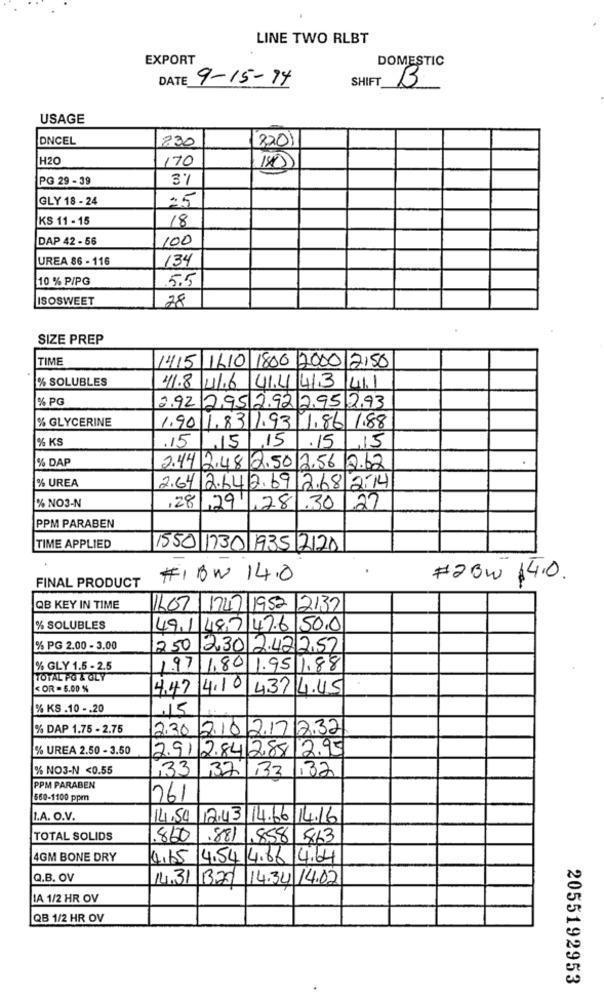
LINE TWO RLBT
EXPORT
DOMESTIC
DATE
9-15-94
SHIFT
B
USAGE
DNCEL
830
2201
H20
170
140)
PG 29 - 39
3%
GLY 18 - 24
25
KS 11 - 15
18
DAP 42 - 56
100
UREA 86 - 116
134
10 % PIPG
5.5
ISOSWEET
28
SIZE PREP
TIME
1415 1610 1800 2000 2150
% SOLUBLES
1.8 41.6 41.4 413 41
% PG
2.92 2,95 2.92 2.95 2.93
% GLYCERINE
1.90 1.83 1.93 1.86 1.88
% KS
15/15/15
.15 15
% DAP
.
2.44 2,48 2.50 2.56 9.62
% UREA
2.64 2.64 2.69 2.68 2.14
27
% NO3-N
,28 ,29
,28
.30
PPM PARABEN
TIME APPLIED
1550 1730 1935 7120
FINAL PRODUCT
#1BW 14.0
#23W 14.0.
QB KEY IN TIME
1607 1747 1952 2137
% SOLUBLES
49.1 487 47.6 500
% PG 2.00 - 3.00
250 230 2.42 2.57
% GLY 1.5 - 2.5
1.97 1.80 1.95 1.88
TOTAL PO & GLY
< OR - 5.00 %
4.47 4.10
4374.45
% KS .10 -. 20
15
% DAP 1.75 - 2.75
2.30 2.10 2.17 8.32
% UREA 2.50 - 3.50
2.91 2.842.8812.95
% NO3-N <0.55
33 37 132 132
PPM PARABEN
660-1100 ppm
261
L.A. O.V.
14,50 12.43 14.66 14.16
TOTAL SOLIDS
.860
.881 ,858 813
4GM BONE DRY
4,65 4.54 4.66 4.64
Q.B. OV
14.31 1327
14.34/14.02
IA 1/2 HR OV
QB 1/2 HR OV
2055192953